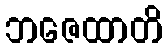
ဘဇေထာတိ